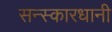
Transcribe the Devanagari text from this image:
सन्स्कारधानी